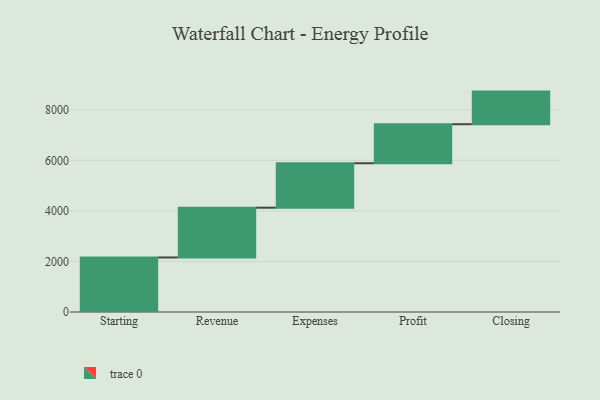
{"axis": {"x": "Step", "y": "Value"}, "legend": [""], "data": [{"x": "Starting", "y": 2158.0, "type": ""}, {"x": "Revenue", "y": 1970.0, "type": ""}, {"x": "Expenses", "y": 1759.0, "type": ""}, {"x": "Profit", "y": 1544.0, "type": ""}, {"x": "Closing", "y": 1291.0, "type": ""}]}